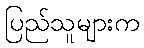
ပြည်သူများက